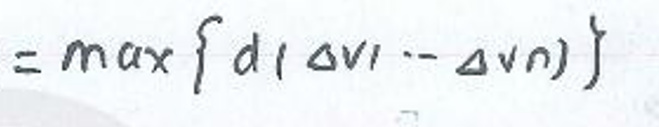
$= \max \{ d ( \Delta v _ { I } - \Delta v _ { N } ) \}$